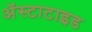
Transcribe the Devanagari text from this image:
अॅस्टाटाइड